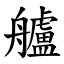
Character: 艫